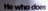
He who dose